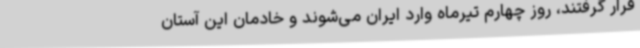
قرار گرفتند، روز چهارم تیرماه وارد ایران می‌شوند و خادمان این آستان